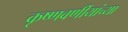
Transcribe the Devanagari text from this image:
कृष्णवर्णीयांच्या